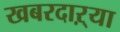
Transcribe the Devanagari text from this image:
खबरदाऱ्या